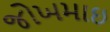
જોખમાઇ